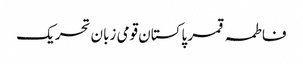
فاطمہ قمر پاکستان قومی زبان تحریک